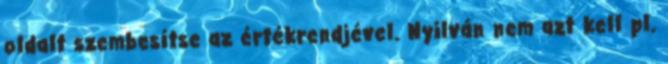
oldalt szembesítse az értékrendjével. Nyilván nem azt kell pl.